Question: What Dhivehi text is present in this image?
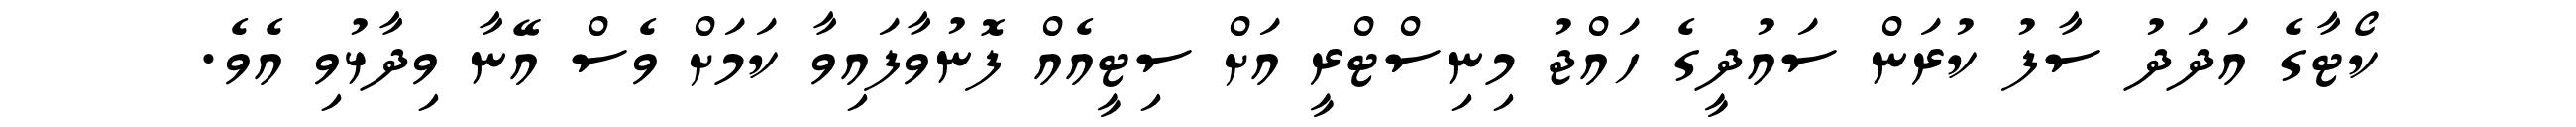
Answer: ކޯޓާގެ އަދަދު ސާފު ކުރަން ސައުދީގެ ހައްޖު މިނިސްޓްރީ އަށް ސިޓީއެއް ފޮނުވާފައިވާ ކަމަށް ވެސް އޭނާ ވިދާޅުވި އެވެ.